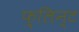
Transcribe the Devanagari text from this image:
फ़्लिन्ट